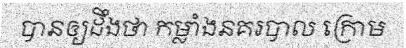
បានឲ្យដឹងថា កម្លាំងនគរបាល ក្រោម